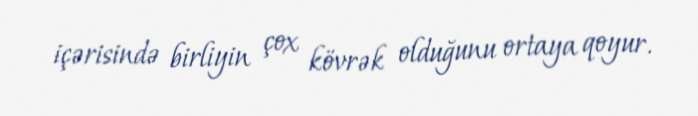
içərisində birliyin çox kövrək olduğunu ortaya qoyur.